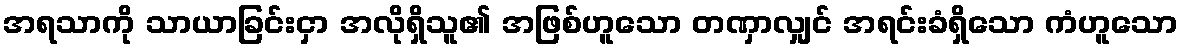
အရသာကို သာယာခြင်းငှာ အလိုရှိသူ၏ အဖြစ်ဟူသော တဏှာလျှင် အရင်းခံရှိသော ကံဟူသော